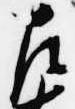
左